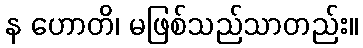
န ဟောတိ၊ မဖြစ်သည်သာတည်း။